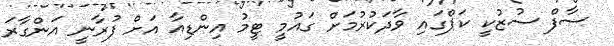
ސާފް ސުޒުކީ ކަޕްގައި ވާދަކުރުމަށް ގައުމީ ޓީމު އިންޑިއާ އަށް ފުރާނީ އަންގާރަ